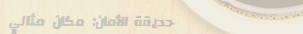
حديقة الأمان: مكان مثالي